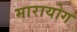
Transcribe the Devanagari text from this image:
मारायोग